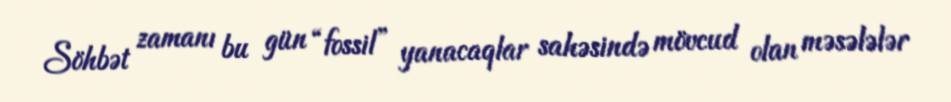
Söhbət zamanı bu gün “fossil” yanacaqlar sahəsində mövcud olan məsələlər